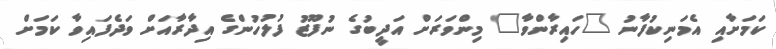
ކަމަށާއި އެމަނިކުފާނު "ހައިރާންވާ" މިންވަރަށް އަދީބުގެ ނުފޫޒު ފުލުހުންގެ އިދާރާއަށް ވަދެފައިވާ ކަމަށް